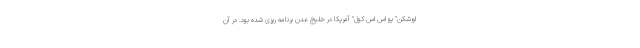
اوشکن" یو اس اس کول" آمریکا در خلیج عدن برنامه ریزی شده بود. در آن